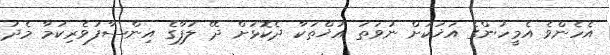
އެހެންވެ އެމީހުންގެ އަޚަކަށް ނުވަތަ އުޚްތަކާ ދެކޮޅަށް ދޭ ލަފާގެ އިންސާފުވެރިކަމާ މެދު